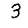
Digit: 3